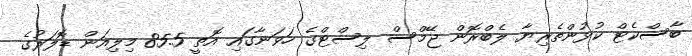
ބާސްކެޓް ކުޅުންތެރިޔާ ލެބްރޮން ޖޭމްސް ލިސްޓްގެ ހަވަނާގައި އޮތީ 85.5 މިލިއަން ޑޮލަރުގެ